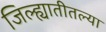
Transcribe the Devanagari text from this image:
जिल्ह्यातीतल्या